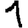
Digit: 1